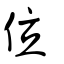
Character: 位